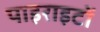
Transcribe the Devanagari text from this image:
पाइराइटों